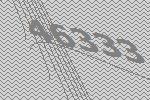
46333